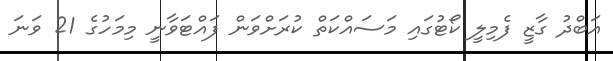
އަބްދު ގާޒީ ފެމިލީ ކޯޓުގައި މަސައްކަތް ކުރަށްވަން ފައްޓަވާނީ މިމަހުގެ 21 ވަނަ